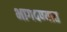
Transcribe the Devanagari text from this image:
भागवण्यात